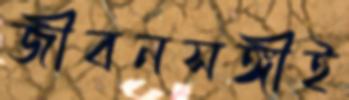
জীবনসঙ্গীই